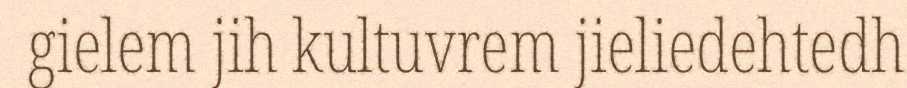
gielem jih kultuvrem jieliedehtedh